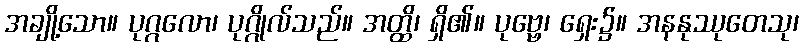
အချို့သော။ ပုဂ္ဂလော၊ ပုဂ္ဂိုလ်သည်။ အတ္ထိ၊ ရှိ၏။ ပုဗ္ဗေ၊ ရှေး၌။ အနနုဿုတေသု၊